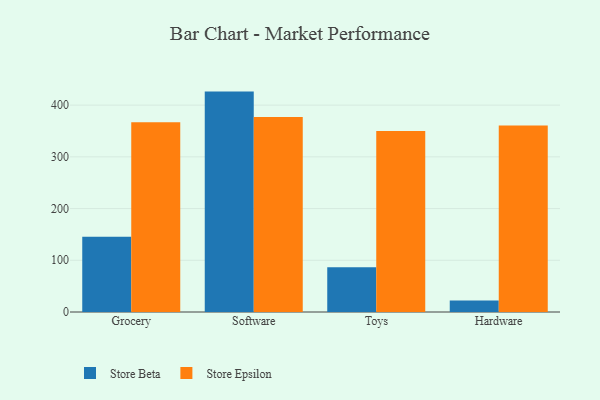
{"axis": {"x": "Category", "y": "Revenue (USD Million)"}, "legend": ["Store Beta", "Store Epsilon"], "data": [{"x": "Grocery", "y": 145.3, "type": "Store Beta"}, {"x": "Grocery", "y": 366.8, "type": "Store Epsilon"}, {"x": "Software", "y": 426.1, "type": "Store Beta"}, {"x": "Software", "y": 376.8, "type": "Store Epsilon"}, {"x": "Toys", "y": 86.3, "type": "Store Beta"}, {"x": "Toys", "y": 349.8, "type": "Store Epsilon"}, {"x": "Hardware", "y": 22.0, "type": "Store Beta"}, {"x": "Hardware", "y": 360.8, "type": "Store Epsilon"}]}